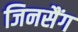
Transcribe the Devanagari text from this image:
जिनसैंग